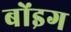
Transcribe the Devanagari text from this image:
बोंइग